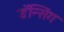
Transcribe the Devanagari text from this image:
डॅन्सिंग